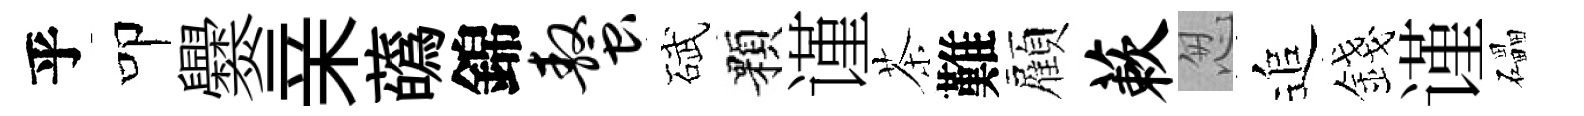
乎叩爨亲蘤錦螯碔顆谨茶難顏蔌怱追錢谨礧